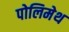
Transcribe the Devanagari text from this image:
पोलिमेथ